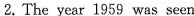
2.The year 1959 was seen